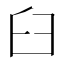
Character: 臼